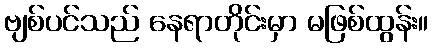
ဗျစ်ပင်သည် နေရာတိုင်းမှာ မဖြစ်ထွန်း။